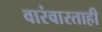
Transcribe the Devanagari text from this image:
वारंवारताही